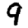
Digit: 9